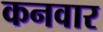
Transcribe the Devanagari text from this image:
कनवार